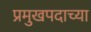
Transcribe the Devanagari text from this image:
प्रमुखपदाच्या